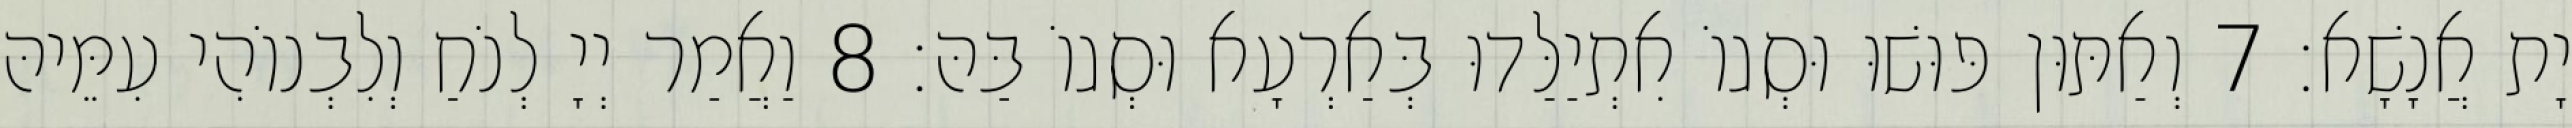
יָת אֲנָשָׁא׃ 7 וְאַתּוּן פּוּשׁוּ וּסְגוֹ אִתְיַלַּדוּ בְּאַרְעָא וּסְגוֹ בַּהּ׃ 8 וַאֲמַר יְיָ לְנֹחַ וְלִבְנוֹהִי עִמֵּיהּ